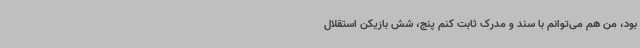
بود، من هم می‌توانم با سند و مدرک ثابت کنم پنج، شش بازیکن استقلال